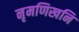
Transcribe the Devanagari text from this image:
नृमणिखनि